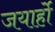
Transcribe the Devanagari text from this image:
जयार्हो